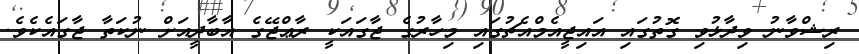
ރިޝްވާނު ވިދާޅުވި ގޮތުގައި އައިޖީއެމްއެޗުގައި މިހާރުގެ ޖާގައަކީ ރާޢްޖޭގެ އާބާދީއަށް ނުކަތާ ޖާގައެކެވެ.